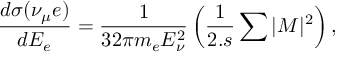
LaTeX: \frac { d \sigma ( \nu _ { \mu } e ) } { d E _ { e } } = \frac { 1 } { 3 2 \pi m _ { e } E _ { \nu } ^ { 2 } } \left( \frac { 1 } { 2 . s } \sum | M | ^ { 2 } \right) ,